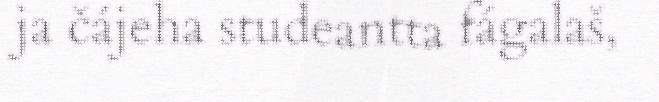
ja čájeha studeantta fágalaš,